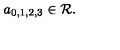
a _ { 0 , 1 , 2 , 3 } \in { \cal R } .